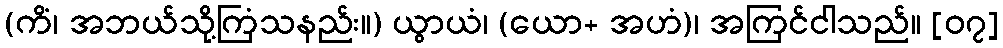
(ကိံ၊ အဘယ်သို့ကြံသနည်း။) ယွာယံ၊ (ယော+ အဟံ)၊ အကြင်ငါသည်။ [၀၇]